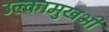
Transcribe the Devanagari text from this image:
उल्कामुखभी